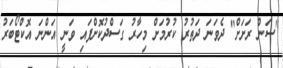
"ސަން ރަށަށް" ދެވަނަ ދަތުރު ކުރުމަށް މިހާރު ގަސްދުކޮށްފައި ވަނީ އަންނަ އޮކްޓޯބަރު